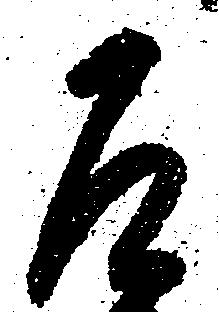
乍